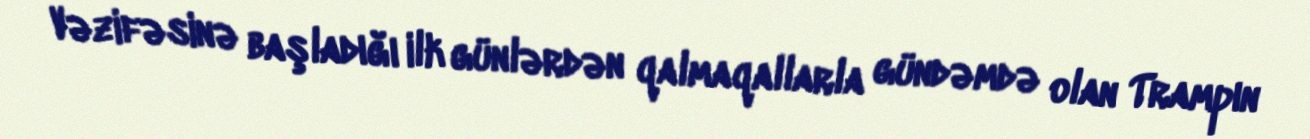
Vəzifəsinə başladığı ilk günlərdən qalmaqallarla gündəmdə olan Trampın